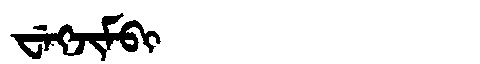
Manchu: ᠸᡝᡴᠵᡳᠮᠪᡳ
Romanization: WEKJIMBI